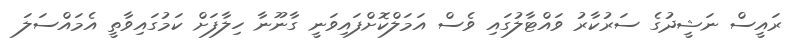
ރައީސް ނަޝީދުގެ ސަރުކާރު ވައްޓާލުގައި ވެސް އަމަލްކޮށްފައިވަނީ ގާނޫނާ ހިލާފަށް ކަމުގައިވާތީ އެމައްސަލަ